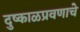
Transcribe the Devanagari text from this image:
दुष्काळप्रवणाचे